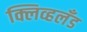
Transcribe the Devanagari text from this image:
क्लिव्हलँड